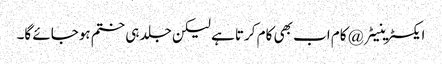
ایکسٹرینیٹر @ کام اب بھی کام کرتا ہے لیکن جلد ہی ختم ہوجائے گا۔